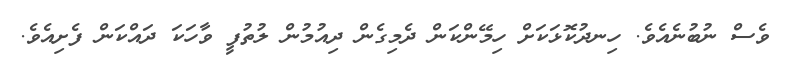
ވެސް ނުބުނެއެވެ. ހިނދުކޮޅަކަށް ހިމޭންކަން ދެމިގެން ދިއުމުން ލުތުފީ ވާހަކަ ދައްކަން ފެށިއެވެ.